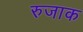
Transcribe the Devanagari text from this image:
रुजाक